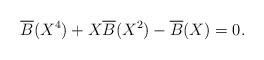
LaTeX: \begin{align*} \overline{B}(X^4) + X\overline{B}(X^2) - \overline{B}(X) = 0.\end{align*}